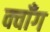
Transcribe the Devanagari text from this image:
क्वाँग